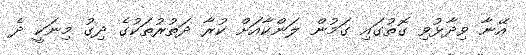
އޭނާ ވިދާޅުވި ގޮތުގައި ގަމުން ލަންކާއަށް ކުރާ ދަތުރުތަކުގެ ދިގު މިނަކީ ދެ